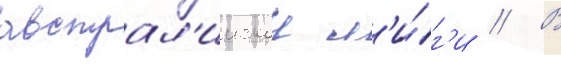
австрал'иискои л'и́г'и // В